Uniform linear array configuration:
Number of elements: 4
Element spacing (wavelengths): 1
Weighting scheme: cosine
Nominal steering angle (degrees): -45
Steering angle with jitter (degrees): -46.541
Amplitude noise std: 0.05
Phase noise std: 0.05

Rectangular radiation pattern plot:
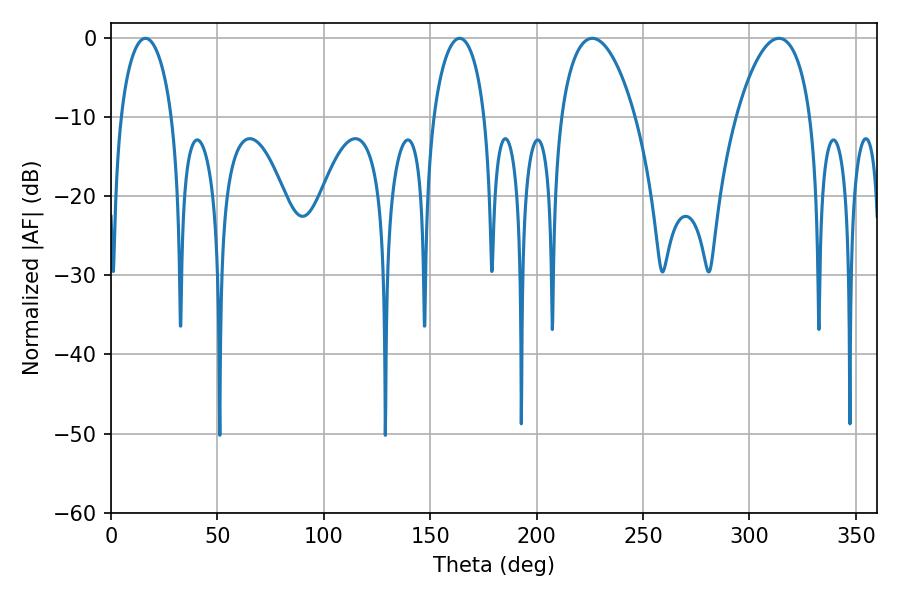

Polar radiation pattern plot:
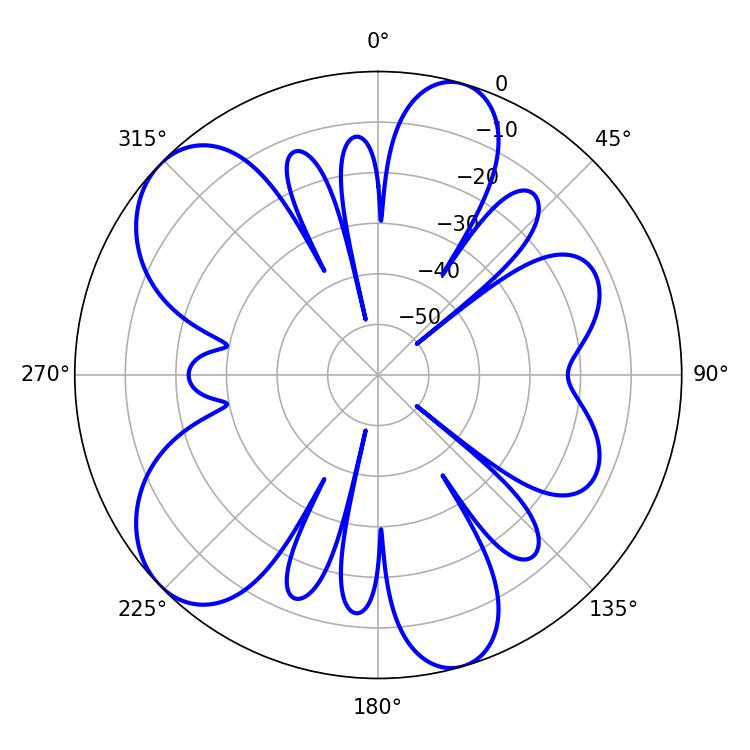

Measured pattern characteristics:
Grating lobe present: TRUE
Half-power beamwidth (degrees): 13.86
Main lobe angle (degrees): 163.8